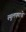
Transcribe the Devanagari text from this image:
स्थूलपणाचे